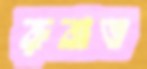
রুবাত